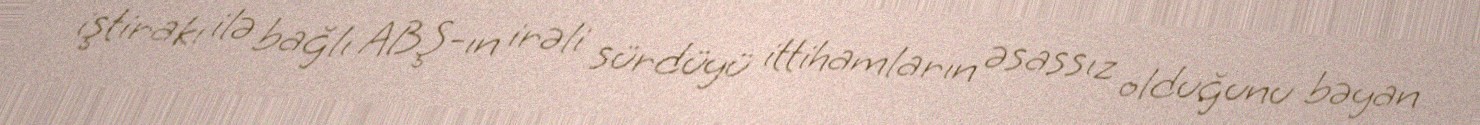
iştirakı ilə bağlı ABŞ-ın irəli sürdüyü ittihamların əsassız olduğunu bəyan